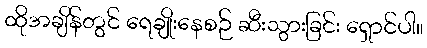
ထိုအချိန်တွင် ရေချိုးနေစဉ် ဆီးသွားခြင်း ရှောင်ပါ။